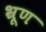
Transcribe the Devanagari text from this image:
भ्रूण